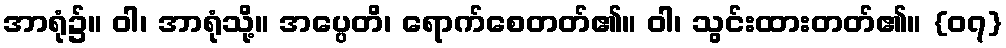
အာရုံ၌။ ဝါ၊ အာရုံသို့။ အပ္ပေတိ၊ ရောက်စေတတ်၏။ ဝါ၊ သွင်းထားတတ်၏။ {၀၇}